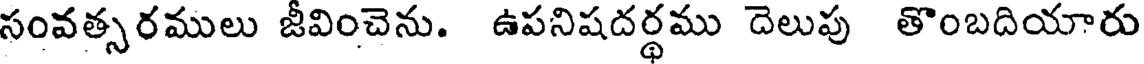
సంవత్సరములు జీవించెను. ఉపనిషదర్థము దెలుపు తొంబదియారు